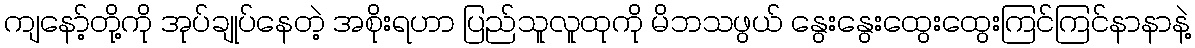
ကျနော့်တို့ကို အုပ်ချုပ်နေတဲ့ အစိုးရဟာ ပြည်သူလူထုကို မိဘသဖွယ် နွေးနွေးထွေးထွေးကြင်ကြင်နာနာနဲ့